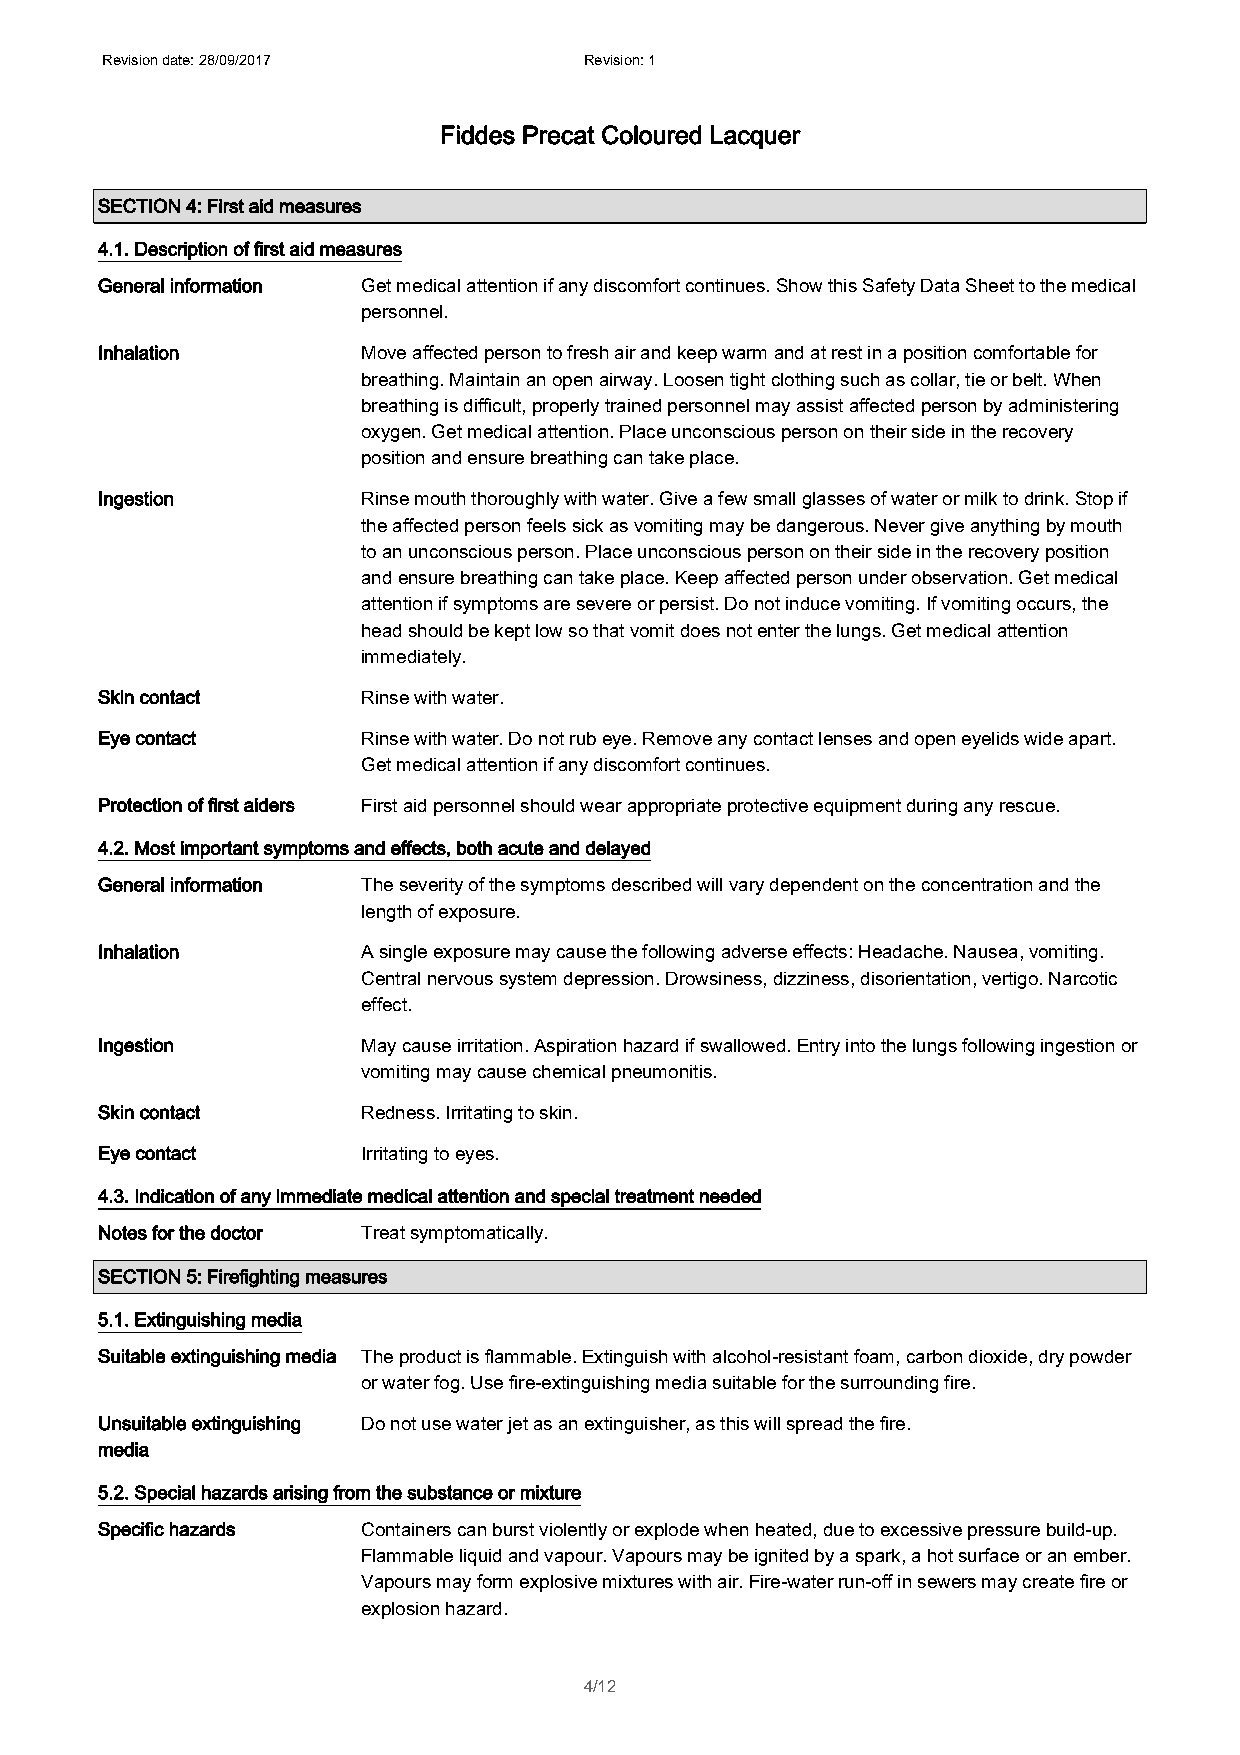
Revision date: 28/09/2017       Revision: 1
 Fiddes Precat Coloured Lacquer
 SECTION 4: First aid measures
 4.1. Description of first aid measures
 General information Get medical attention if any discomfort continues. Show this Safety Data Sheet to the medical
 personnel.
 Inhalation        Move affected person to fresh air and keep warm and at rest in a position comfortable for
 breathing. Maintain an open airway. Loosen tight clothing such as collar, tie or belt. When
 breathing is difficult, properly trained personnel may assist affected person by administering
 oxygen. Get medical attention. Place unconscious person on their side in the recovery
 position and ensure breathing can take place.
 Ingestion         Rinse mouth thoroughly with water. Give a few small glasses of water or milk to drink. Stop if
 the affected person feels sick as vomiting may be dangerous. Never give anything by mouth
 to an unconscious person. Place unconscious person on their side in the recovery position
 and ensure breathing can take place. Keep affected person under observation. Get medical
 attention if symptoms are severe or persist. Do not induce vomiting. If vomiting occurs, the
 head should be kept low so that vomit does not enter the lungs. Get medical attention
 immediately.
 Skin contact      Rinse with water.
 Eye contact       Rinse with water. Do not rub eye. Remove any contact lenses and open eyelids wide apart.
 Get medical attention if any discomfort continues.
 Protection of first aiders First aid personnel should wear appropriate protective equipment during any rescue.
 4.2. Most important symptoms and effects, both acute and delayed
 General information The severity of the symptoms described will vary dependent on the concentration and the
 length of exposure.
 Inhalation        A single exposure may cause the following adverse effects: Headache. Nausea, vomiting.
 Central nervous system depression. Drowsiness, dizziness, disorientation, vertigo. Narcotic
 effect.
 Ingestion         May cause irritation. Aspiration hazard if swallowed. Entry into the lungs following ingestion or
 vomiting may cause chemical pneumonitis.
 Skin contact      Redness. Irritating to skin.
 Eye contact       Irritating to eyes.
 4.3. Indication of any immediate medical attention and special treatment needed
 Notes for the doctor Treat symptomatically.
 SECTION 5: Firefighting measures
 5.1. Extinguishing media
 Suitable extinguishing media The product is flammable. Extinguish with alcohol-resistant foam, carbon dioxide, dry powder
 or water fog. Use fire-extinguishing media suitable for the surrounding fire.
 Unsuitable extinguishing Do not use water jet as an extinguisher, as this will spread the fire.
 media
 5.2. Special hazards arising from the substance or mixture
 Specific hazards  Containers can burst violently or explode when heated, due to excessive pressure build-up.
 Flammable liquid and vapour. Vapours may be ignited by a spark, a hot surface or an ember.
 Vapours may form explosive mixtures with air. Fire-water run-off in sewers may create fire or
 explosion hazard.
 4/12